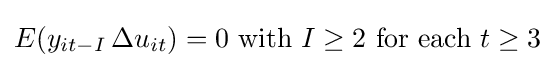
E(y_{it-I}\,\Delta u_{it})=0{\text{ with }}I\geq 2{\text{ for each }}t\geq 3